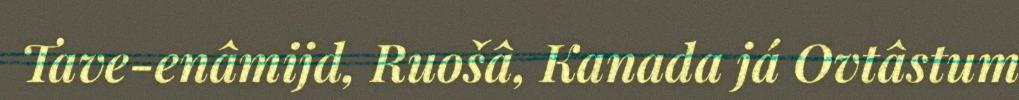
Tave-enâmijd, Ruošâ, Kanada já Ovtâstum